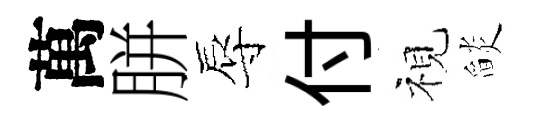
萬胼辱付視𦦨